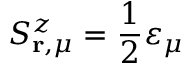
S _ { \mathbf { r } , \mu } ^ { z } = \frac { 1 } { 2 } \varepsilon _ { \mu }